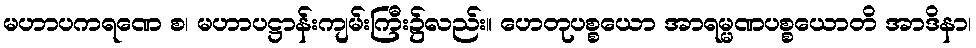
မဟာပကရဏေ စ၊ မဟာပဋ္ဌာန်းကျမ်းကြီး၌လည်း။ ဟေတုပစ္စယော အာရမ္မဏပစ္စယောတိ အာဒိနာ၊